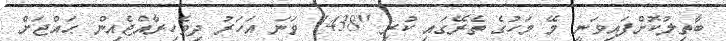
ބާތިލުކޮށްފައިވަނީ މޭ މަހުގެ ތެރޭގައި ކުރި "1438 ވަނަ އަހަރު ދިވެހިރާއްޖެއިން ޙައްޖަށް